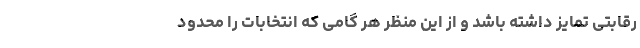
رقابتی تمایز داشته باشد و از این منظر هر گامی که انتخابات را محدود